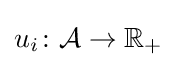
u_{i}\colon {\mathcal {A}}\to \mathbb {R} _{+}